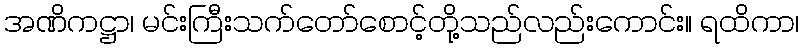
အဏိကဋ္ဌာ၊ မင်းကြီးသက်တော်စောင့်တို့သည်လည်းကောင်း။ ရထိကာ၊